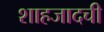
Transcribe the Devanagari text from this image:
शाहजादची